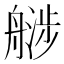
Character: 𬜚